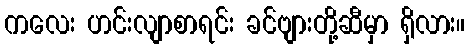
ကလေး ဟင်းလျာစာရင်း ခင်ဗျားတို့ဆီမှာ ရှိလား။